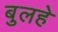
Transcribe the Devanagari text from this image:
बुलहे